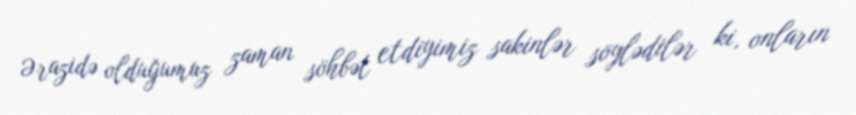
Ərazidə olduğumuz zaman söhbət etdiyimiz sakinlər söylədilər ki, onların